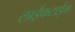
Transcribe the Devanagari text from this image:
लाईफटाईम